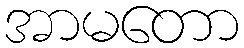
အာမတော